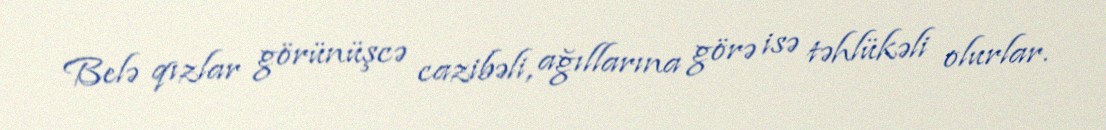
Belə qızlar görünüşcə cazibəli, ağıllarına görə isə təhlükəli olurlar.